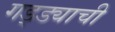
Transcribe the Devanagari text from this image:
गड्ड्याची